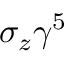
\sigma _ { z } \gamma ^ { 5 }